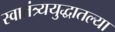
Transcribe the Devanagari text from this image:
स्वातंत्र्ययुद्धातल्या